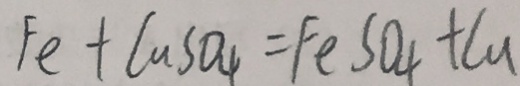
F e + C u S O _ { 4 } = F e S O _ { 4 } + C u